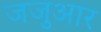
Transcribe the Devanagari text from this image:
जजुआर